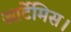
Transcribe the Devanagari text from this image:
आर्टेमिस।